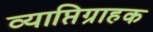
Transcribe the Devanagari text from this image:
व्याप्तिग्राहक